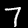
Digit: 7